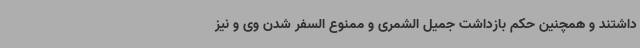
داشتند و همچنین حکم بازداشت جمیل الشمری و ممنوع السفر شدن وی و نیز